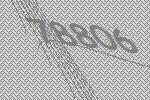
78806